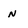
Character: N